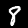
Digit: 8